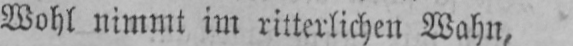
Wohl nimmt im ritterlichen Wahn,